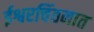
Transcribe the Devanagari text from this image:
ईश्वरचिंतनात